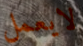
لايعمل